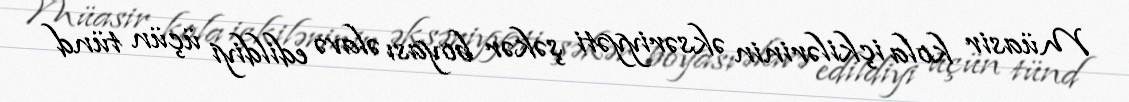
Müasir kola içkilərinin əksəriyyəti şəkər boyası əlavə edildiyi üçün tünd